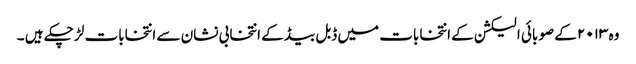
وہ ۲۰۱۳ کے صوبائی الیکشن کے انتخابات میں ڈبل بیڈ کے انتخابی نشان سے انتخابات لڑ چکے ہیں ۔